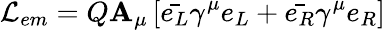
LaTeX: {\cal{L}}_{em}=Q\mathbf{A}_{\mu}\left[\bar{{e_{L}}}\gamma^{\mu}e_{L}+\bar{{e_{R}}}\gamma^{\mu}e_{R}\right]